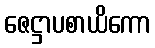
ဇေဋ္ဌာပစာယိကော